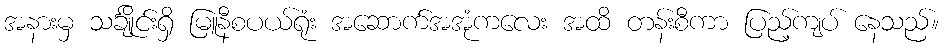
အနားမှ သင်္ချိုင်းရှိ မြူနီစပယ်ရုံး အဆောက်အအုံကလေး အထိ တန်းစီကာ ပြည့်ကျပ် နေသည်။